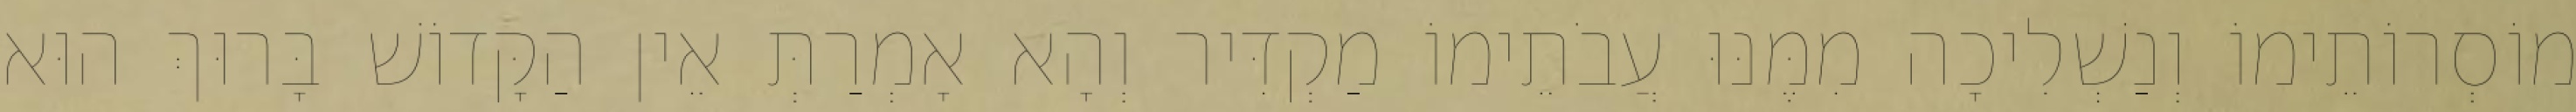
מוֹסְרוֹתֵימוֹ וְנַשְׁלִיכָה מִמֶּנּוּ עֲבֹתֵימוֹ מַקְדִּיר וְהָא אָמְרַתְּ אֵין הַקָּדוֹשׁ בָּרוּךְ הוּא